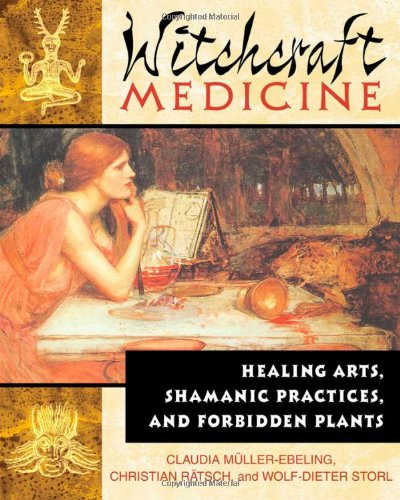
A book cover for Witchcraft Medicine: Healing Arts, Shamanic Practices, and Forbidden Plants; Claudia MÃ¼ller-Ebeling; Religion & Spirituality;